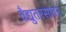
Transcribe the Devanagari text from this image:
वैद्युतरसायन